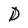
Character: D